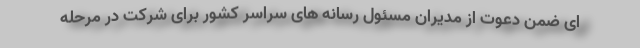
ای ضمن دعوت از مدیران مسئول رسانه های سراسر کشور برای شرکت در مرحله